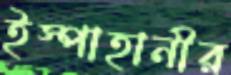
ইস্পাহানীর